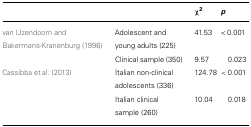
|  |  | χ2 | p |
 | --- | --- | --- | --- |
 | van IJzendoorn and Bakermans-Kranenburg (1996) | Adolescent and young adults (225) | 41.53 | < 0.001 |
 |  | Clinical sample (350) | 9.57 | 0.023 |
 | Cassibba et al. (2013) | Italian non-clinical adolescents (336) | 124.78 | < 0.001 |
 |  | Italian clinical sample (260) | 10.04 | 0.018 |